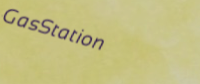
GasStation